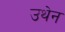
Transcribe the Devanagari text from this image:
उथेन